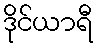
ဒိုင်ယာရီ